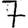
Digit: 7